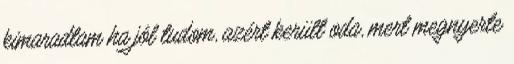
kimaradtam ha jól tudom, azért került oda, mert megnyerte